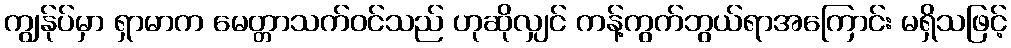
ကျွန်ုပ်မှာ ရှာမာက မေတ္တာသက်ဝင်သည် ဟုဆိုလျှင် ကန့်ကွက်ဘွယ်ရာအကြောင်း မရှိသဖြင့်